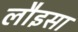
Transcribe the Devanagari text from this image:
लौइसा